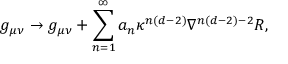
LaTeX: g _ { \mu \nu } \rightarrow g _ { \mu \nu } + \sum _ { n = 1 } ^ { \infty } a _ { n } \kappa ^ { n ( d - 2 ) } \nabla ^ { n ( d - 2 ) - 2 } R ,